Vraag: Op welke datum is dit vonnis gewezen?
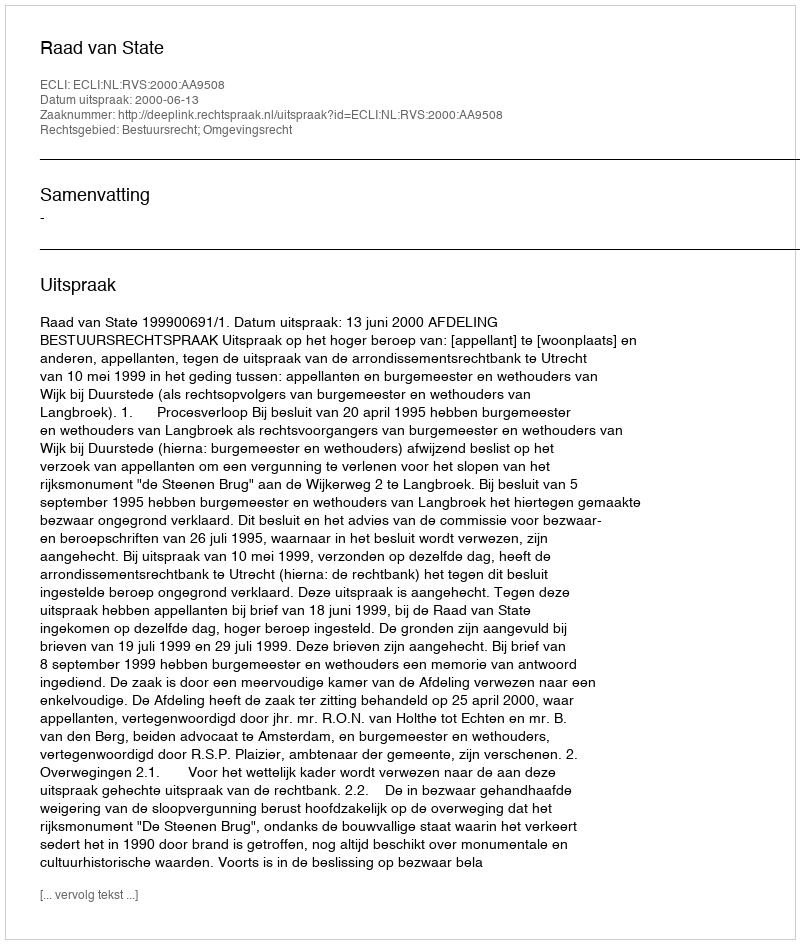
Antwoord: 2000-06-13